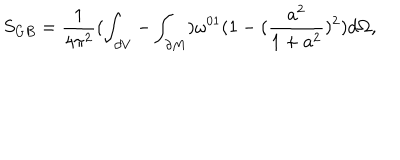
S _ { G B } = \frac { 1 } { 4 \pi ^ { 2 } } ( \int _ { \partial V } - \int _ { \partial M } ) \omega ^ { 0 1 } ( 1 - ( \frac { a ^ { 2 } } { 1 + a ^ { 2 } } ) ^ { 2 } ) d \Omega ,